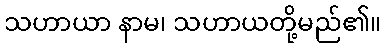
သဟာယာ နာမ၊ သဟာယတို့မည်၏။